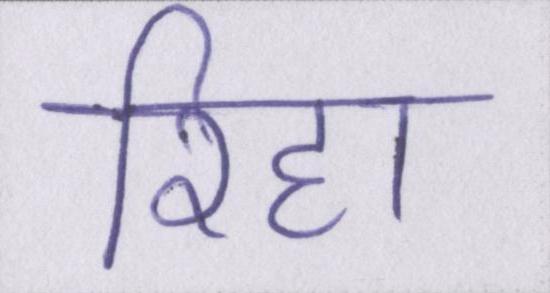
रिहा